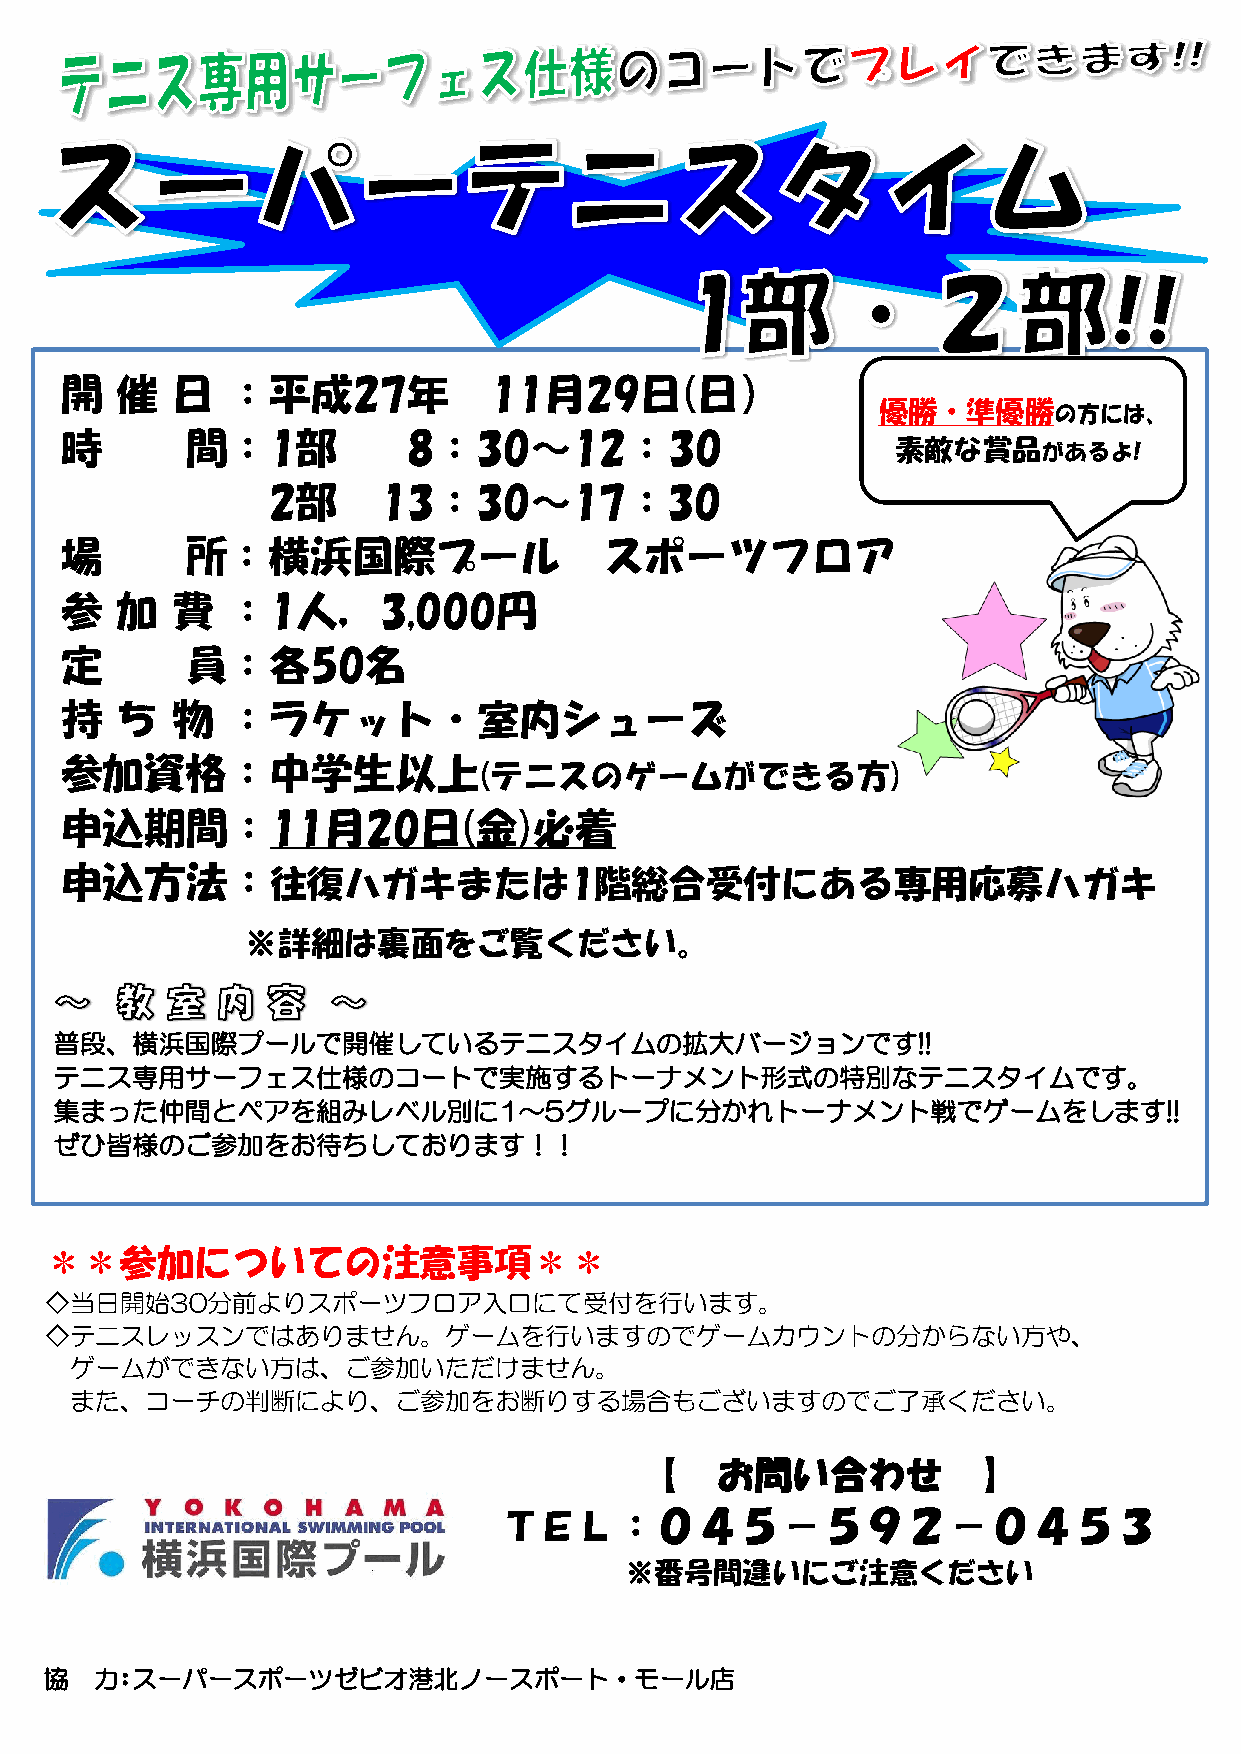
開   催  日   ：平成27年           11月29日(日）
 優勝・準優勝の方には、
 時       間：1部           8：30～12：30
 素敵な賞品があるよ!
 2部     13：30～17：30
 場       所：横浜国際プール                   スポーツフロア
 参   加  費   ：1人，3,000円
 定       員：各50名
 持   ち  物   ：ラケット・室内シューズ
 参加資格：中学生以上
 (テニスのゲームができる方)
 申込期間：11月20日(金)必着
 申込方法：往復ハガキまたは1階総合受付にある専用応募ハガキ
 ※詳細は裏面をご覧ください。
 普段、横浜国際プールで開催しているテニスタイムの拡大バージョンです!!
 テニス専用サーフェス仕様のコートで実施するトーナメント形式の特別なテニスタイムです。
 集まった仲間とペアを組みレベル別に1～5グループに分かれトーナメント戦でゲームをします!!
 ぜひ皆様のご参加をお待ちしております！！
 ＊＊参加についての注意事項＊＊
 ◇当日開始30分前よりスポーツフロア入口にて受付を行います。
 ◇テニスレッスンではありません。ゲームを行いますのでゲームカウントの分からない方や、
 ゲームができない方は、ご参加いただけません。
 また、コーチの判断により、ご参加をお断りする場合もございますのでご了承ください。
 【    お問い合わせ            】
 ＴＥＬ：０４５－５９２－０４５３
 ※番号間違いにご注意ください
 協  力：スーパースポーツゼビオ港北ノースポート・モール店